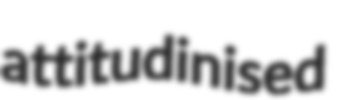
attitudinised